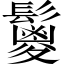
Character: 𩯣